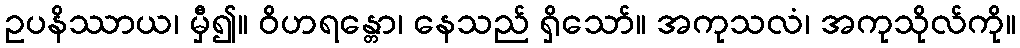
ဥပနိဿာယ၊ မှီ၍။ ဝိဟရန္တော၊ နေသည် ရှိသော်။ အကုသလံ၊ အကုသိုလ်ကို။